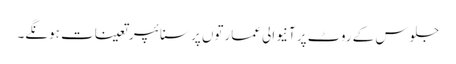
جلوس کے روٹ پر آنیوالی عمارتوں پر سنائپر تعینات ہونگے۔